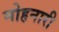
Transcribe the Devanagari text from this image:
मोहनारी